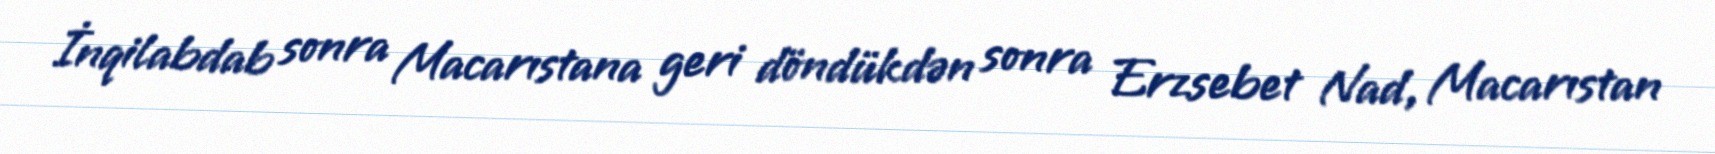
İnqilabdab sonra Macarıstana geri döndükdən sonra Erzsebet Nad, Macarıstan